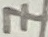
Text: 7